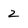
Character: 2